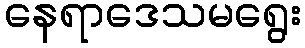
နေရာဒေသမရွေး